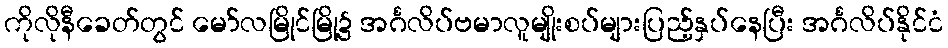
ကိုလိုနီခေတ်တွင် မော်လမြိုင်မြို့၌ အင်္ဂလိပ်ဗမာလူမျိုးစပ်များပြည့်နှပ်နေပြီး အင်္ဂလိပ်နိုင်ငံ